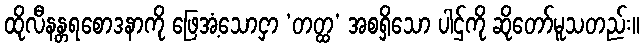
ထိုလီနန္တရစောဒနာကို ဖြေအံ့သောငှာ ‘တတ္ထ’ အစရှိသော ပါဌ်ကို ဆိုတော်မူသတည်း။